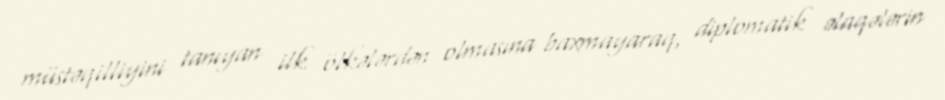
müstəqilliyini tanıyan ilk ölkələrdən olmasına baxmayaraq, diplomatik əlaqələrin